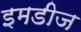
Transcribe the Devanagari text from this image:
इमडीज